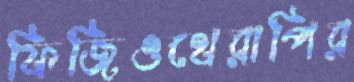
ফিজিওথেরাপির